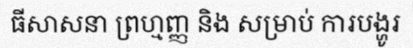
ធីសាសនា ព្រហ្មញ្ញ និង សម្រាប់ ការបង្ហូរ